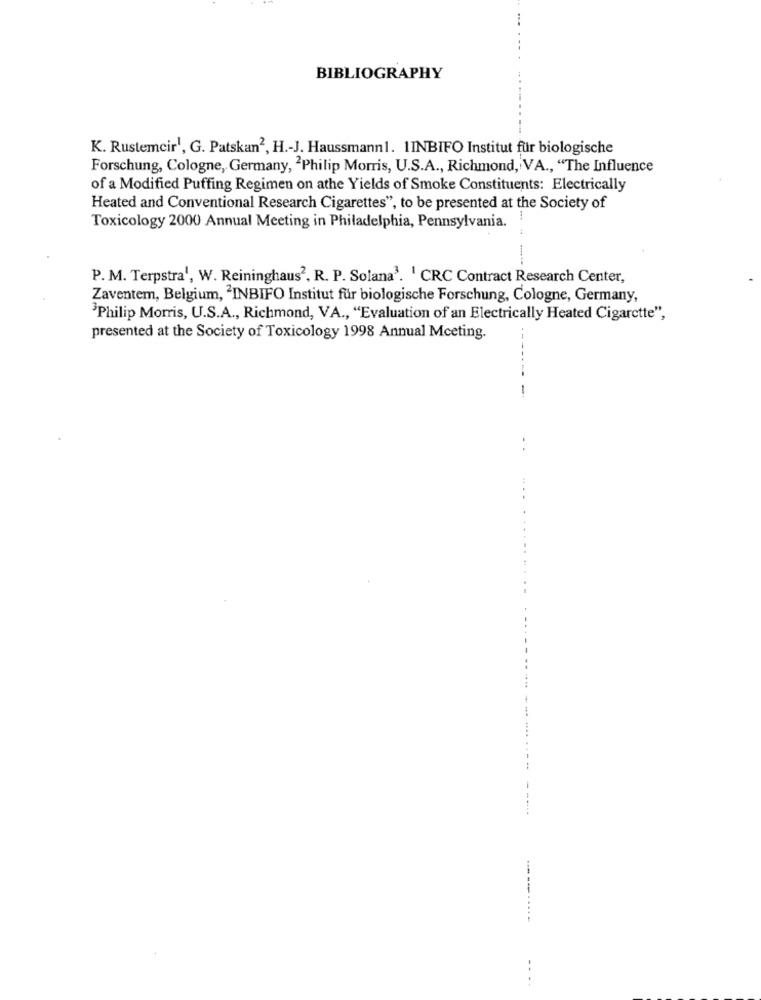
BIBLIOGRAPHY
K. Rustemcir', G. Patskan2, H .- J. Haussmann1. 1INBIFO Institut für biologische
Forschung, Cologne, Germany, 2Philip Morris, U.S.A ., Richmond, VA ., "The Influence
of a Modified Puffing Regimen on athe Yields of Smoke Constituents: Electrically
Heated and Conventional Research Cigarettes", to be presented at the Society of
Toxicology 2000 Annual Meeting in Philadelphia, Pennsylvania.
P. M. Terpstra', W. Reininghaus2, R. P. Solana3. ' CRC Contract Research Center,
Zaventem, Belgium, 'INBIFO Institut für biologische Forschung, Cologne, Germany,
Philip Morris, U.S.A ., Richmond, VA ., "Evaluation of an Electrically Heated Cigarette",
presented at the Society of Toxicology 1998 Annual Meeting.
-
--